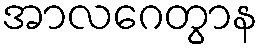
အာလဂေတွာန